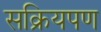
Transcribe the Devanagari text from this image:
सक्रियपण